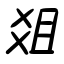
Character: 爼